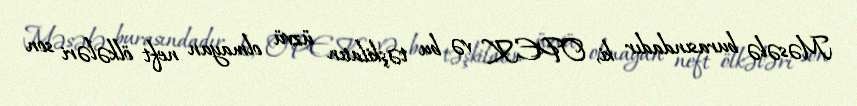
Məsələ burasındadır ki, OPEK və bu təşkilatın üzvü olmayan neft ölkələri son